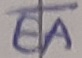
Text: EA